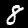
Label: 8